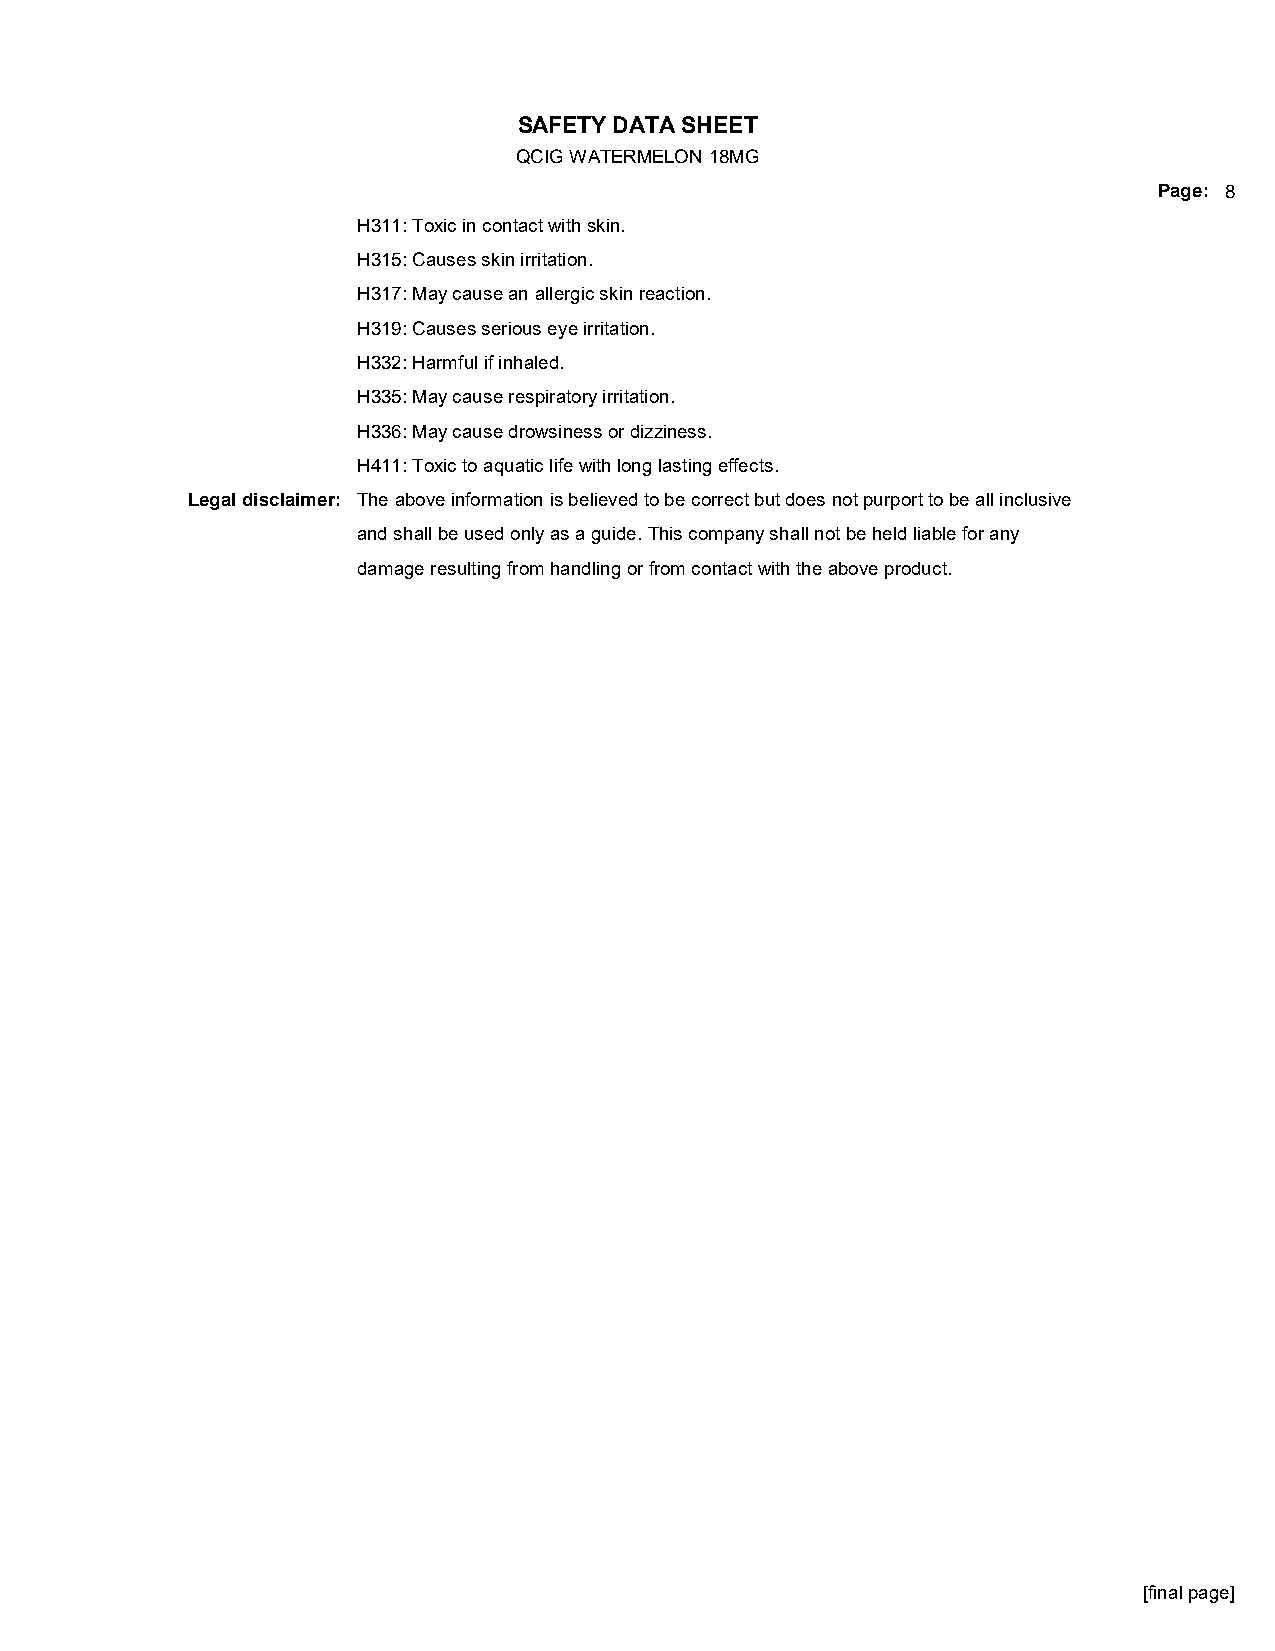
SAFETY DATA SHEET
 QCIG WATERMELON 18MG
 Page: 8
 H311: Toxic in contact with skin.
 H315: Causes skin irritation.
 H317: May cause an allergic skin reaction.
 H319: Causes serious eye irritation.
 H332: Harmful if inhaled.
 H335: May cause respiratory irritation.
 H336: May cause drowsiness or dizziness.
 H411: Toxic to aquatic life with long lasting effects.
 Legal disclaimer: The above information is believed to be correct but does not purport to be all inclusive
 and shall be used only as a guide. This company shall not be held liable for any
 damage resulting from handling or from contact with the above product.
 [final page]